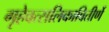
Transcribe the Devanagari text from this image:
गृहेवत्सलिकावितीर्णे